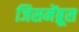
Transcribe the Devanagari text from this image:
जिसमेंब्रूस